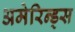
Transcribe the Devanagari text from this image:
अमेरिन्ड्स